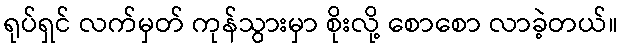
ရုပ်ရှင် လက်မှတ် ကုန်သွားမှာ စိုးလို့ စောစော လာခဲ့တယ်။